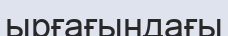
ырғағындағы